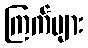
ကြက်များ